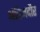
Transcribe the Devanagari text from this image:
अंतिमदौर